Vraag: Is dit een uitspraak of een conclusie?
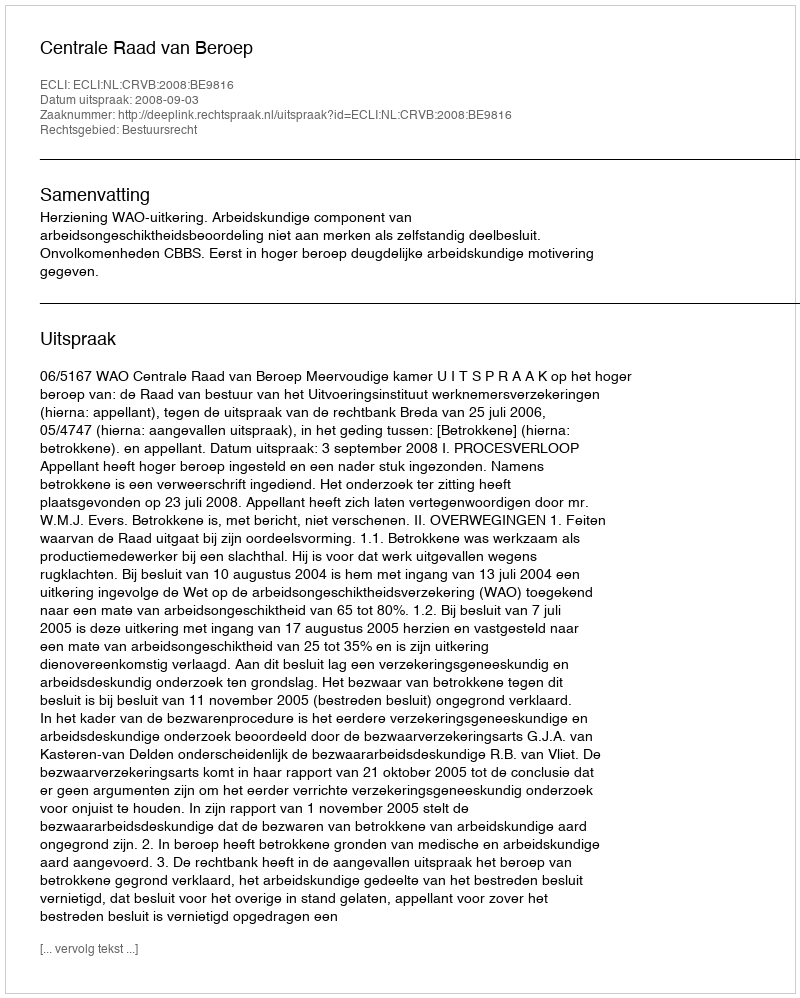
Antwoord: Uitspraak